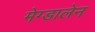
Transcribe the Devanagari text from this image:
मेग्डालेन